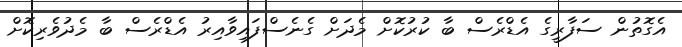
އެގޮތުން ސަފާރީގެ އެޑްރެސް ބާ ކުރުކޮށް މެދަށް ގެނެސްފައިވާއިރު އެޑްރެސް ބާ މެދުވެރިކޮށް